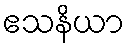
ဧသနိယာ